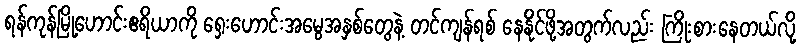
ရန်ကုန်မြို့ဟောင်းဧရိယာကို ရှေးဟောင်းအမွေအနှစ်တွေနဲ့ တင်ကျန်ရစ် နေနိုင်ဖို့အတွက်လည်း ကြိုးစားနေတယ်လို့